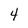
Character: 4